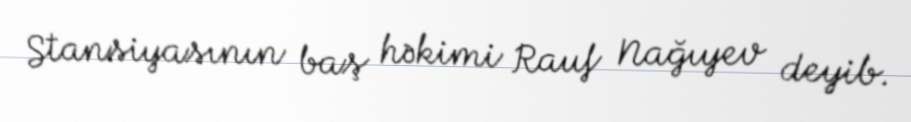
Stansiyasının baş həkimi Rauf Nağıyev deyib.